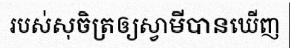
របស់សុចិត្រឲ្យស្វាមីបានឃើញ